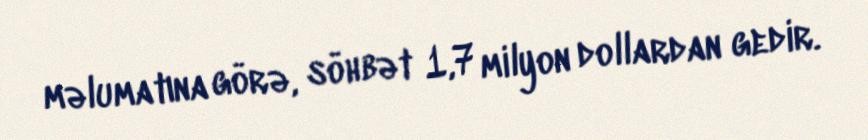
məlumatına görə, söhbət 1,7 milyon dollardan gedir.